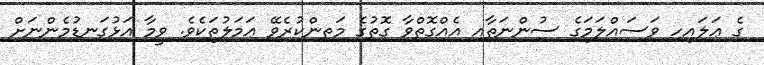
ގެ ޢަލައިހި ވަސައްލަމަގެ ސުންނަތާއި އެއްގޮތްވާ ގޮތުގެ މަތިންކުރެވޭ ޢަމަލުތަކެވެ. ވީމާ އަޅުގަނޑުމެންނަށް